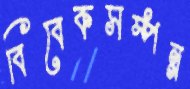
বিবেকসম্পন্ন